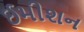
ઈમીશન